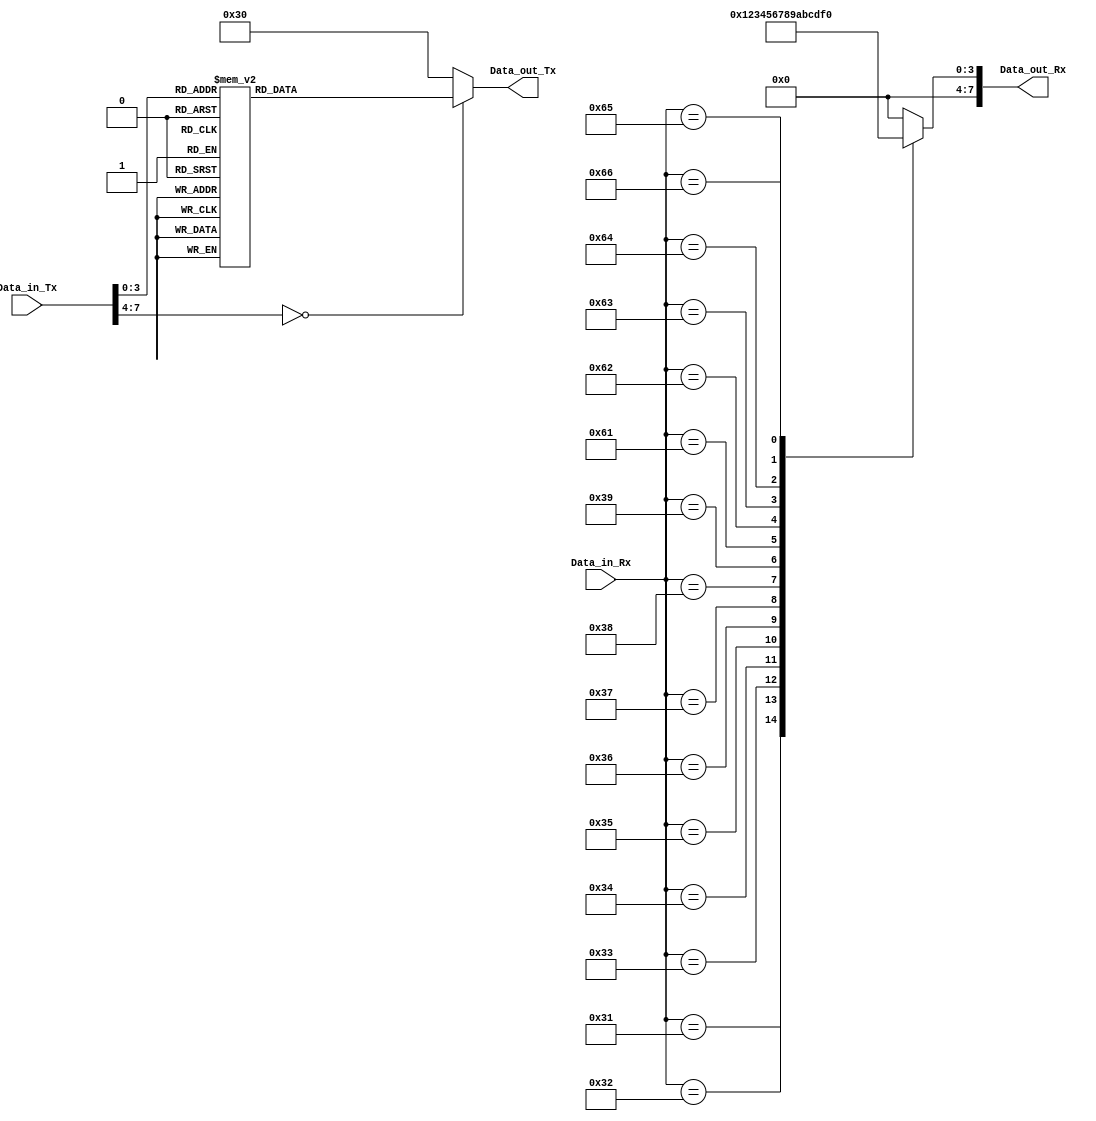
module ASCI_translator #(
    parameter Nbits = 8
)
(
    input [Nbits-1:0] Data_in_Rx,
    output [Nbits-1:0] Data_out_Rx,
    input [Nbits-1:0] Data_in_Tx,
    output [Nbits-1:0] Data_out_Tx
);

reg [Nbits-1:0] Data_out_Rx_reg;
reg [Nbits-1:0] Data_out_Tx_reg;

/*  48d: 0 
    49d: 1
    50d: 2
    51d: 3
    52d: 4
    53d: 5
    57d: 9
*/

assign Data_out_Rx = Data_out_Rx_reg;
assign Data_out_Tx = Data_out_Tx_reg;

always@(Data_in_Rx)begin
    case(Data_in_Rx)
        8'd48:
            Data_out_Rx_reg <= 8'd0; 
        8'd49:
            Data_out_Rx_reg <= 8'd1; 
        8'd50:
            Data_out_Rx_reg <= 8'd2; 
        8'd51:
            Data_out_Rx_reg <= 8'd3; 
        8'd52:
            Data_out_Rx_reg <= 8'd4; 
        8'd53:
            Data_out_Rx_reg <= 8'd5; 
        8'd54:
            Data_out_Rx_reg <= 8'd6; 
        8'd55:
            Data_out_Rx_reg <= 8'd7; 
        8'd56:
            Data_out_Rx_reg <= 8'd8; 
        8'd57:
            Data_out_Rx_reg <= 8'd9;
        8'd97:  /* a */
            Data_out_Rx_reg <= 8'd10;
        8'd98: /* b */
            Data_out_Rx_reg <= 8'd11;
        8'd99: /* c */
            Data_out_Rx_reg <= 8'd12;
        8'd100: /* d */
            Data_out_Rx_reg <= 8'd13;
        8'd101: /* e */
            Data_out_Rx_reg <= 8'd14;
        8'd102: /* f */
            Data_out_Rx_reg <= 8'd15;
        default:
            Data_out_Rx_reg <= 8'd0; 
    endcase 
end

always@(Data_in_Tx)begin
    case(Data_in_Tx)
        8'd0:
            Data_out_Tx_reg <= 8'd48; 
        8'd1:
            Data_out_Tx_reg <= 8'd49; 
        8'd2:
            Data_out_Tx_reg <= 8'd50; 
        8'd3:
            Data_out_Tx_reg <= 8'd51; 
        8'd4:
            Data_out_Tx_reg <= 8'd52; 
        8'd5:
            Data_out_Tx_reg <= 8'd53; 
        8'd6:
            Data_out_Tx_reg <= 8'd54; 
        8'd7:
            Data_out_Tx_reg <= 8'd55; 
        8'd8:
            Data_out_Tx_reg <= 8'd56; 
        8'd9:
            Data_out_Tx_reg <= 8'd57;
        8'ha:
            Data_out_Tx_reg <= 8'd65;
        8'hb:
            Data_out_Tx_reg <= 8'd66;
        8'hc:
            Data_out_Tx_reg <= 8'd67;
        8'hd:
            Data_out_Tx_reg <= 8'd68;
        8'he:
            Data_out_Tx_reg <= 8'd69;
        8'hf:
            Data_out_Tx_reg <= 8'd70;
        default:
            Data_out_Tx_reg <= 8'd48; 
    endcase 
end

endmodule